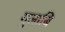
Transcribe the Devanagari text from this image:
गुलाबि